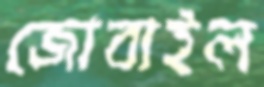
জোবাইল